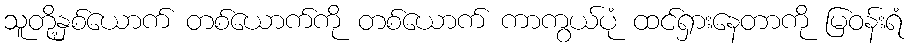
သူတို့နှစ်ယောက် တစ်ယောက်ကို တစ်ယောက် ကာကွယ်ပုံ ထင်ရှားနေတာကို မြဝန်းရံ